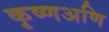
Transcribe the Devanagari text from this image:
कृष्णअणि